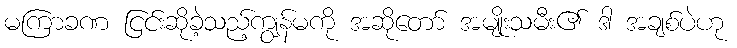
မကြာခဏ ငြင်းဆိုခဲ့သည့်ကျွန်မကို အဆိုတော် အမျိုးသမီး၏ ဒါ အချစ်ပဲဟု